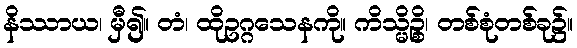
နိဿာယ၊ မှီ၍။ တံ၊ ထိုဥဂ္ဂသေနကို။ ကိသ္မိဉ္စိ၊ တစ်စုံတစ်ခု၌။